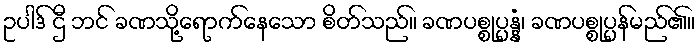
ဥပါဒ် ဌီ ဘင် ခဏသို့ရောက်နေသော စိတ်သည်။ ခဏပစ္စုပ္ပန္နံ၊ ခဏပစ္စုပ္ပန်မည်၏။